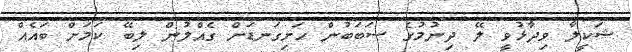
ޝަކީލާ ވިދާޅުވީ ލޭ ދިނުމުގެ ސަބަބުން ހަށިގަނޑަށް ގެއްލުން ލިބޭ ކަމަށް ބައެއް